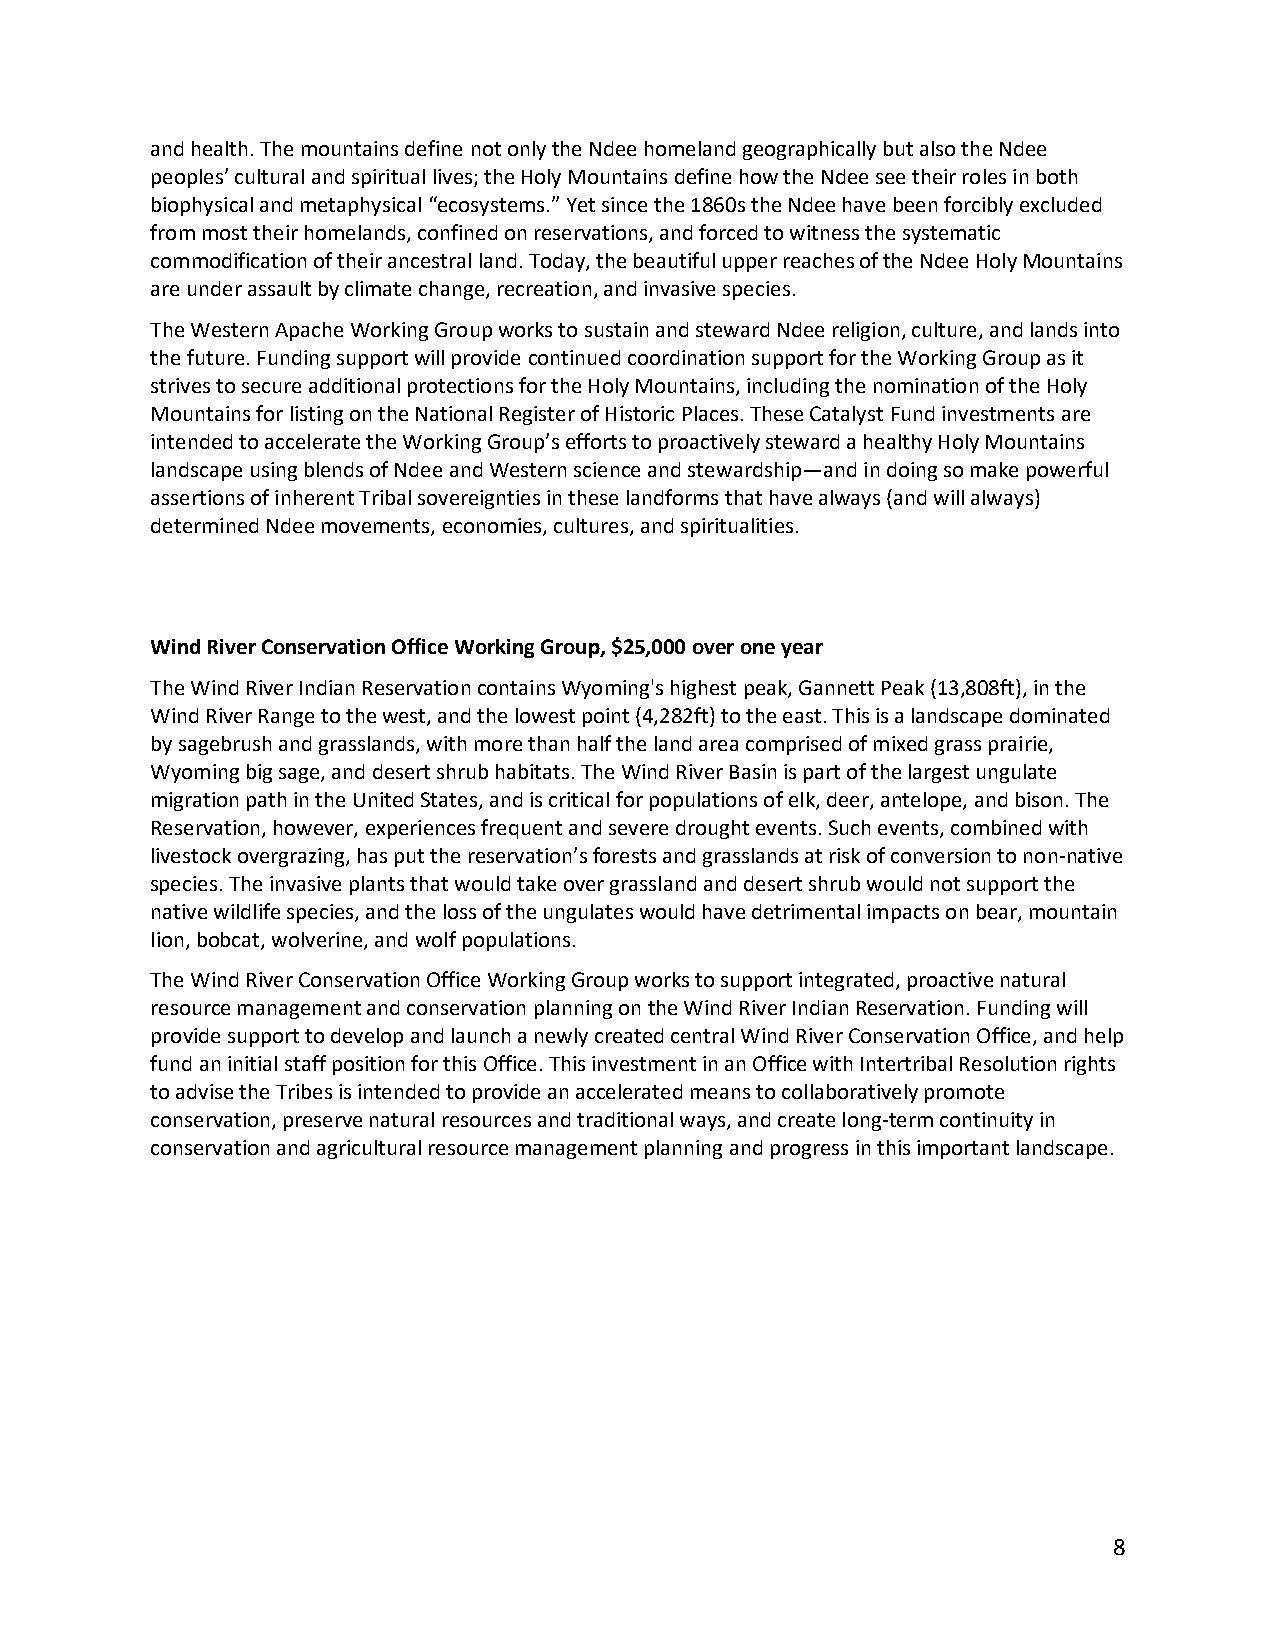
and health. The mountains define not only the Ndee homeland geographically but also the Ndee
 peoples’ cultural and spiritual lives; the Holy Mountains define how the Ndee see their roles in both
 biophysical and metaphysical “ecosystems.” Yet since the 1860s the Ndee have been forcibly excluded
 from most their homelands, confined on reservations, and forced to witness the systematic
 commodification of their ancestral land. Today, the beautiful upper reaches of the Ndee Holy Mountains
 are under assault by climate change, recreation, and invasive species.
 The Western Apache Working Group works to sustain and steward Ndee religion, culture, and lands into
 the future. Funding support will provide continued coordination support for the Working Group as it
 strives to secure additional protections for the Holy Mountains, including the nomination of the Holy
 Mountains for listing on the National Register of Historic Places. These Catalyst Fund investments are
 intended to accelerate the Working Group’s efforts to proactively steward a healthy Holy Mountains
 landscape using blends of Ndee and Western science and stewardship—and in doing so make powerful
 assertions of inherent Tribal sovereignties in these landforms that have always (and will always)
 determined Ndee movements, economies, cultures, and spiritualities.
 Wind River Conservation Office Working Group, $25,000 over one year
 The Wind River Indian Reservation contains Wyoming's highest peak, Gannett Peak (13,808ft), in the
 Wind River Range to the west, and the lowest point (4,282ft) to the east. This is a landscape dominated
 by sagebrush and grasslands, with more than half the land area comprised of mixed grass prairie,
 Wyoming big sage, and desert shrub habitats. The Wind River Basin is part of the largest ungulate
 migration path in the United States, and is critical for populations of elk, deer, antelope, and bison. The
 Reservation, however, experiences frequent and severe drought events. Such events, combined with
 livestock overgrazing, has put the reservation’s forests and grasslands at risk of conversion to non-native
 species. The invasive plants that would take over grassland and desert shrub would not support the
 native wildlife species, and the loss of the ungulates would have detrimental impacts on bear, mountain
 lion, bobcat, wolverine, and wolf populations.
 The Wind River Conservation Office Working Group works to support integrated, proactive natural
 resource management and conservation planning on the Wind River Indian Reservation. Funding will
 provide support to develop and launch a newly created central Wind River Conservation Office, and help
 fund an initial staff position for this Office. This investment in an Office with Intertribal Resolution rights
 to advise the Tribes is intended to provide an accelerated means to collaboratively promote
 conservation, preserve natural resources and traditional ways, and create long-term continuity in
 conservation and agricultural resource management planning and progress in this important landscape.
 8